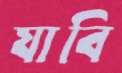
যাবি